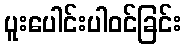
ပူးပေါင်းပါဝင်ခြင်း